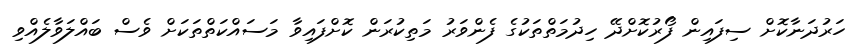
ހަރުދަނާކޮށް ސިފައިން ފޯރުކޮށްދޭ ހިދުމަތްތަކުގެ ފެންވަރު މަތިކުރަން ކޮށްފައިވާ މަސައްކަތްތަކަށް ވެސް ބައްލަވާލެއްވި